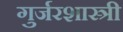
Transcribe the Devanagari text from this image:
गुर्जरशास्त्री